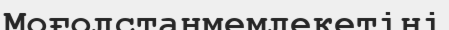
Моғолстанмемлекетіні